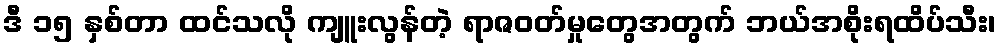
ဒီ ၁၅ နှစ်တာ ထင်သလို ကျူးလွန်တဲ့ ရာဇဝတ်မှုတွေအတွက် ဘယ်အစိုးရထိပ်သီး၊